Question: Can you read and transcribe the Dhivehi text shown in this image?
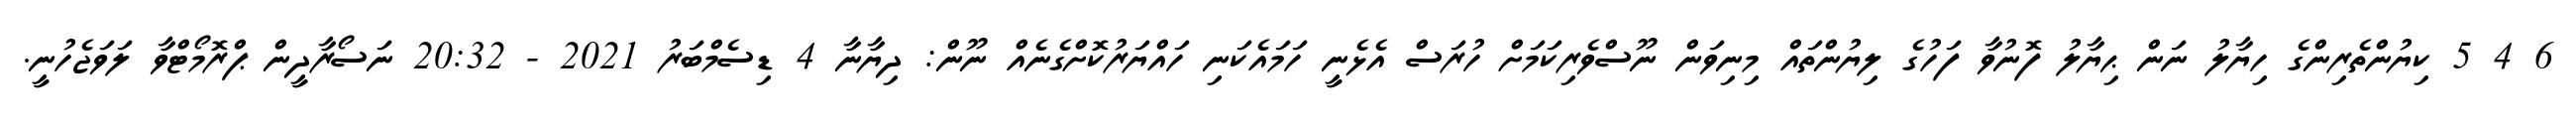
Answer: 6 4 5 ކިޔުންތެރިންގެ ހިޔާލު ނަން ޙިޔާލު ފޮނުވާ ފަހުގެ ލިޔުންތައް މިނިވަން ނޫސްވެރިކަމަށް ހުރަސް އެޅެނީ ހަމައެކަނި ހައްޔަރުކޮށްގެނެއް ނޫން: ދިޔާނާ 4 ޑިސެމްބަރު 2021 - 20:32 ނަސޯރާދީން ޕްރޮމޯޓްވާ ލަވަޖެހުނީ.